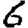
Digit: 6